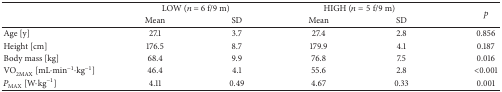
<table><thead><tr><td><b> </b></td><td colspan="2"><b>LOW (<i>n</i> = 6 f/9 m)</b></td><td colspan="2"><b>HIGH (<i>n</i> = 5 f/9 m)</b></td><td rowspan="2"><b><i>p</i></b></td></tr><tr><td><b> </b></td><td><b>Mean</b></td><td><b>SD</b></td><td><b>Mean</b></td><td><b>SD</b></td></tr></thead><tbody><tr><td>Age [y]</td><td>27.1</td><td>3.7</td><td>27.4</td><td>2.8</td><td>0.856</td></tr><tr><td>Height [cm]</td><td>176.5</td><td>8.7</td><td>179.9</td><td>4.1</td><td>0.187</td></tr><tr><td>Body mass [kg]</td><td>68.4</td><td>9.9</td><td>76.8</td><td>7.5</td><td>0.016</td></tr><tr><td>VO<sub>2MAX</sub> [mL·min<sup>−1</sup>·kg<sup>−1</sup>]</td><td>46.4</td><td>4.1</td><td>55.6</td><td>2.8</td><td>&lt;0.001</td></tr><tr><td><i>P</i><sub>MAX</sub> [W·kg<sup>−1</sup>]</td><td>4.11</td><td>0.49</td><td>4.67</td><td>0.33</td><td>0.001</td></tr></tbody></table>